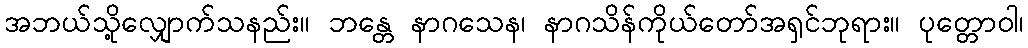
အဘယ်သို့လျှောက်သနည်း။ ဘန္တေ နာဂသေန၊ နာဂသိန်ကိုယ်တော်အရှင်ဘုရား။ ပုတ္တောဝါ၊